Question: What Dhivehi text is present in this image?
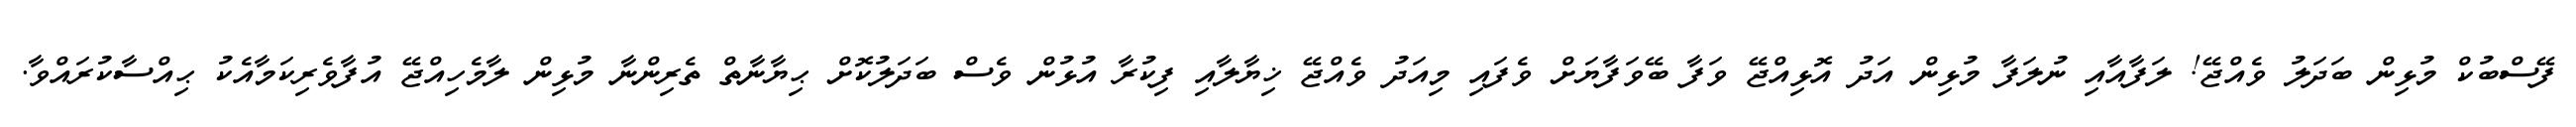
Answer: ފޭސްބުކް މުޅިން ބަދަލު ވެއްޖޭ! ލަފާއާއި ނުލަފާ މުޅިން އަދު އޮޅިއްޖޭ ވަފާ ބޭވަފާޔަށް ވެފައި މިއަދު ވެއްޖޭ ޚިޔާލާއި ފިކުރާ އުޅުން ވެސް ބަދަލުކޮށް ޙިޔާނާތް ތެރިންނާ މުޅިން ލާމެހިއްޖޭ އުފާވެރިކަމާއެކު ޙިއްސާކުރައްވާ.